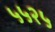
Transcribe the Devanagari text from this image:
५५२५